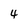
Character: 4